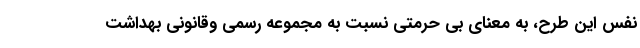
نفس این طرح، به معنای بی حرمتی نسبت به مجموعه رسمی وقانونی بهداشت